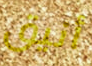
أنيق